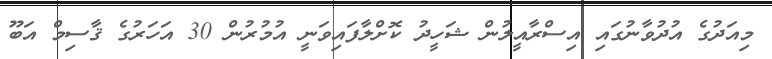
މިއަދުގެ އުދުވާނުގައި އިސްރާއީލުން ޝަހީދު ކޮށްލާފައިވަނީ އުމުރުން 30 އަހަރުގެ ޤާސިމް އަބޫ